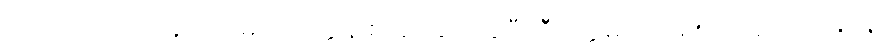
ဘဝအိပ်မက် ပန်းအိပ်မက် ဝတ္ထုနဲ့ စာပေဆု ရခဲ့ပြီး ဒီဝတ္ထုမှာ အမျိုးသားရေးအမြင်နဲ့